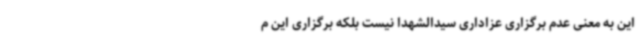
این به معنی عدم برگزاری عزاداری سیدالشهدا نیست بلکه برگزاری این م